King Institute of Preventive Medicine Bacteriolog. Section reports 1907-08
Year: 1907
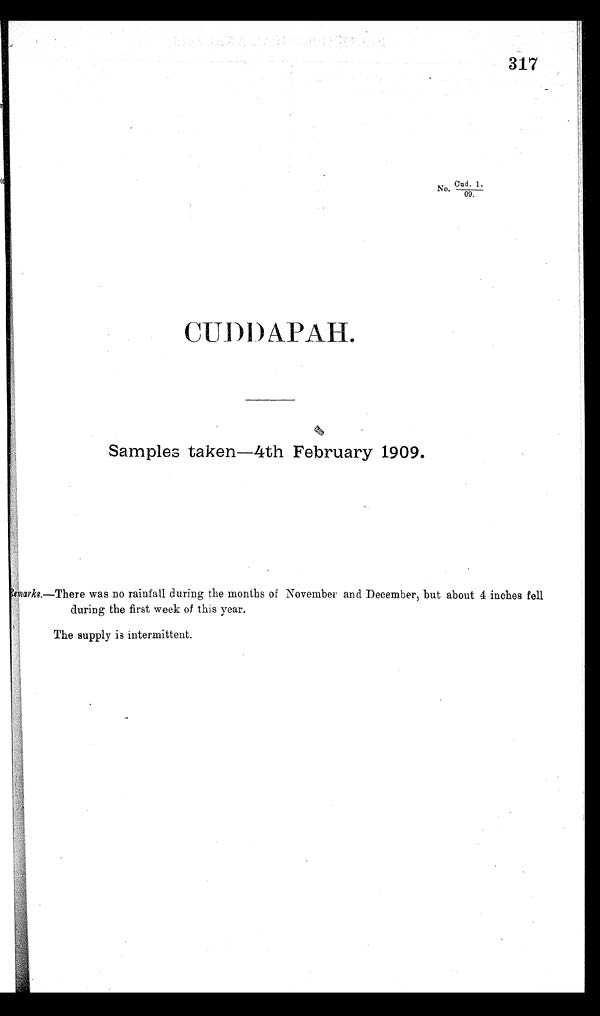
317
N o . C u d . 1 . / 0 9 .
CUDDAPAH.
Samples taken—4th February 1909.
Remarks.—There was no rainfall during the months of November and December, but about 4 inches fell
during the first week of this year.
The supply is intermittent.